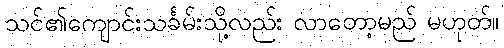
သင်၏ကျောင်းသင်္ခမ်းသို့လည်း လာတော့မည် မဟုတ်။